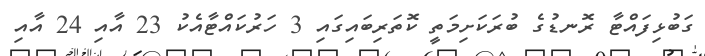
ގަބުޅިފައްޓާ ރޮނޑުގެ ބުރަކަށިމަތީ ކޮތަރިބައިގައި 3 ހަރުކައްޓާއެކު 23 އާއި 24 އާއި